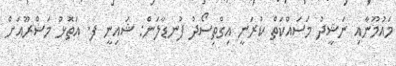
މައުމޫނާއި ނަޝީދު މަސައްކަތް ކުރަނީ އިގްތިސޯދު ފުނޑާލަން: ޝައިނީ ފ. އަތޮޅު މަޝްރޫއަށް